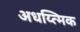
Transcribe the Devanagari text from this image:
अधय्त्मिक